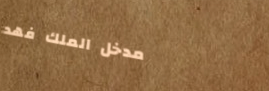
مدخل الملك فهد